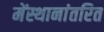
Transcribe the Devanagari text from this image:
मेंस्थानांतरित